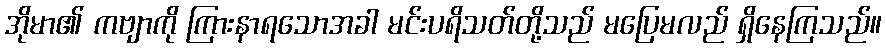
အိုမာ၏ ကဗျာကို ကြားနာရသောအခါ မင်းပရိသတ်တို့သည် မပြေမလည် ရှိနေကြသည်။